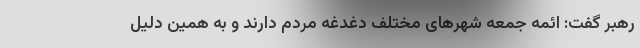
رهبر گفت: ائمه جمعه شهرهای مختلف دغدغه مردم دارند و به همین دلیل